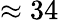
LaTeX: \approx 34